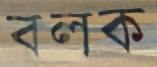
বলক